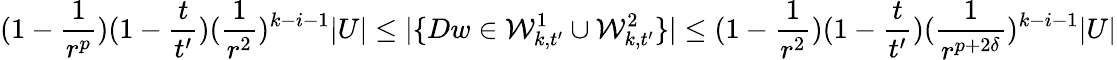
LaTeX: (1-\frac{1}{r^{p}})(1-\frac{t}{t^{\prime}})(\frac{1}{r^{2}})^{k-i-1}|U|\leq|\{ Dw\in\mathcal{W}_{k,t^{\prime}}^{1}\cup\mathcal{W}_{k,t^{\prime}}^{2}\} |\leq(1-\frac{1}{r^{2}})(1-\frac{t}{t^{\prime}})(\frac{1}{r^{p+2\delta}})^{k-i-1}|U|